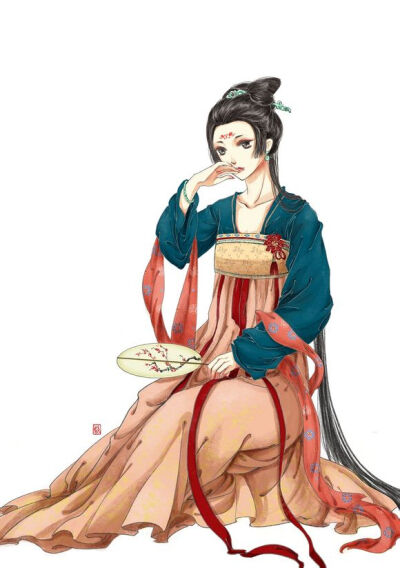
香脸半开娇旖旎。当庭际。玉人浴出新妆洗。